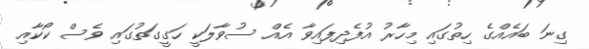
ގިނަ ބައެއްގެ ހިތުގައި މިހާރު އުފެދިފައިވާ އެއް ސުވާލަކީ ހަގީގަތުގައި ވެސް ކޯކާއި